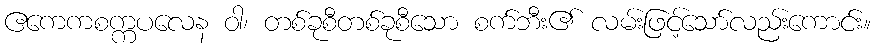
ဧကေကစက္ကပလေန ဝါ၊ တစ်ခုစီတစ်ခုစီသော စက်ဘီး၏ လမ်းဖြင့်သော်လည်းကောင်း။